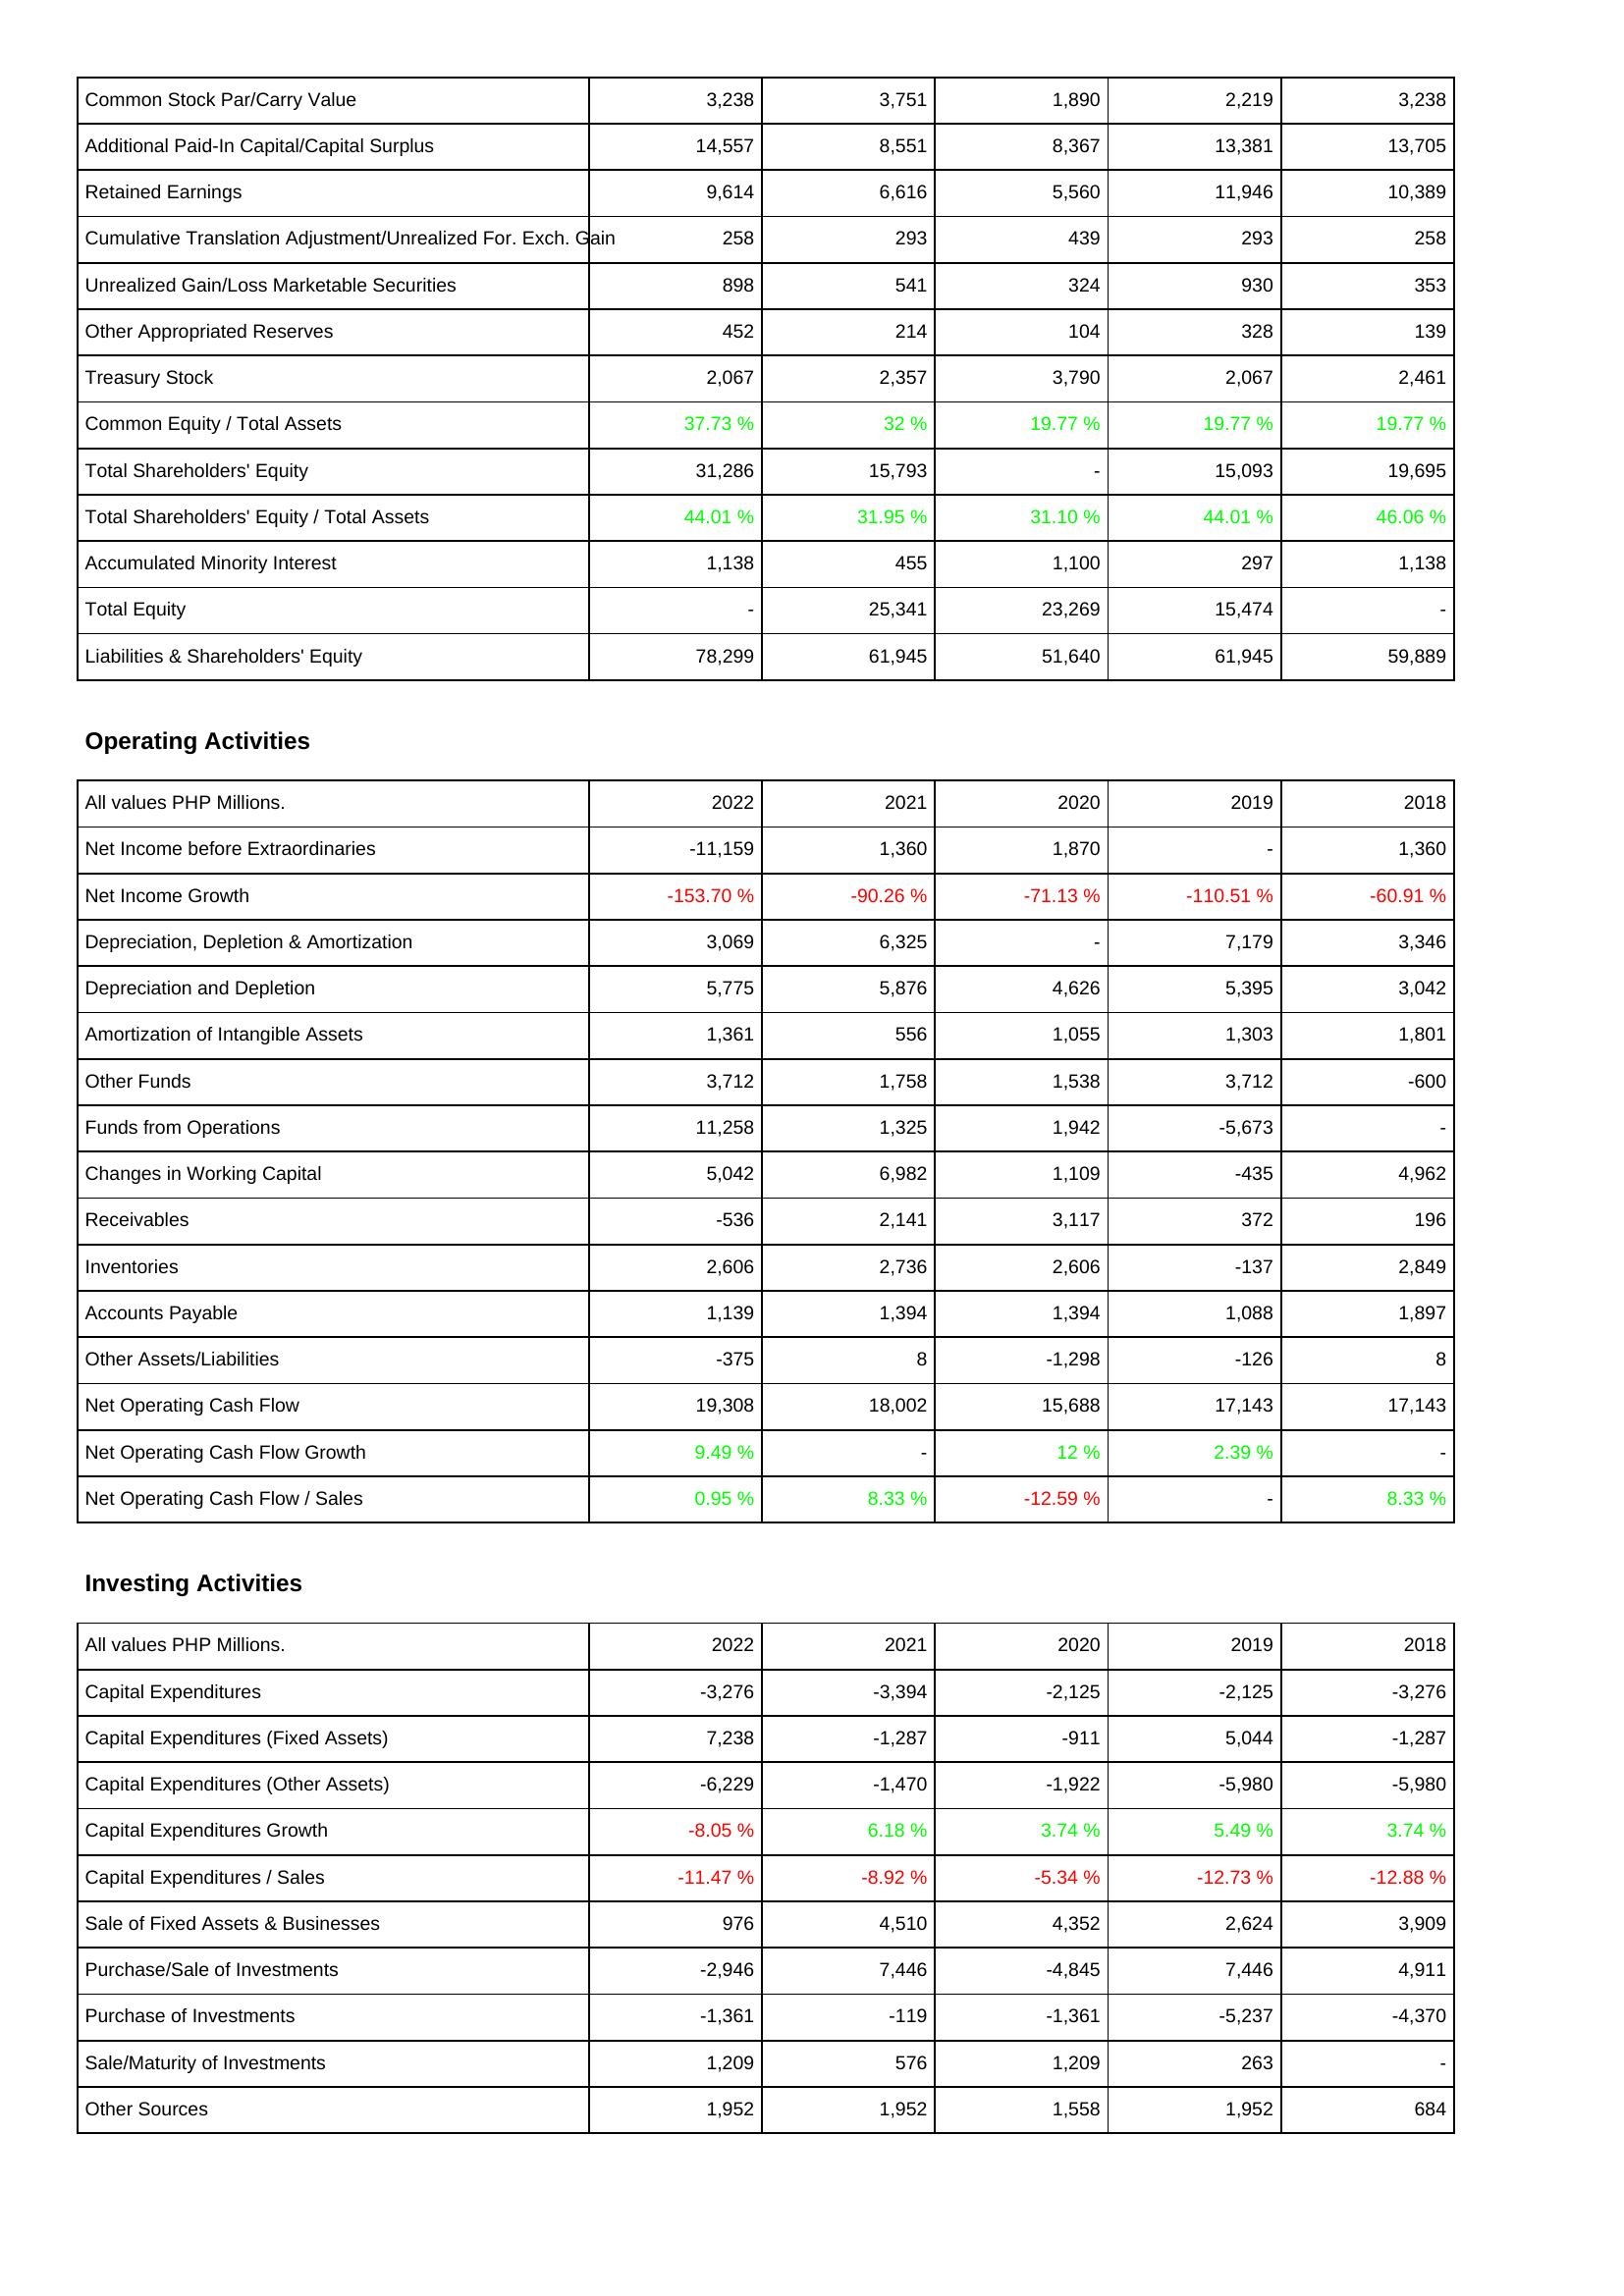
2022: Liabilities & Shareholders' Equity: Common Stock Par/Carry Value: 3,238
Additional Paid-In Capital/Capital Surplus: 14,557
Retained Earnings: 9,614
Cumulative Translation Adjustment/Unrealized For. Exch. Gain: 258
Unrealized Gain/Loss Marketable Securities: 898
Other Appropriated Reserves: 452
Treasury Stock: 2,067
Common Equity / Total Assets: 37.73 %
Total Shareholders' Equity: 31,286
Total Shareholders' Equity / Total Assets: 44.01 %
Accumulated Minority Interest: 1,138
Total Equity: -
Liabilities & Shareholders' Equity: 78,299
Operating Activities: Net Income before Extraordinaries: -11,159
Net Income Growth: -153.70 %
Depreciation, Depletion & Amortization: 3,069
Depreciation and Depletion: 5,775
Amortization of Intangible Assets: 1,361
Other Funds: 3,712
Funds from Operations: 11,258
Changes in Working Capital: 5,042
Receivables: -536
Inventories: 2,606
Accounts Payable: 1,139
Other Assets/Liabilities: -375
Net Operating Cash Flow: 19,308
Net Operating Cash Flow Growth: 9.49 %
Net Operating Cash Flow / Sales: 0.95 %
Investing Activities: Capital Expenditures: -3,276
Capital Expenditures (Fixed Assets): 7,238
Capital Expenditures (Other Assets): -6,229
Capital Expenditures Growth: -8.05 %
Capital Expenditures / Sales: -11.47 %
Sale of Fixed Assets & Businesses: 976
Purchase/Sale of Investments: -2,946
Purchase of Investments: -1,361
Sale/Maturity of Investments: 1,209
Other Sources: 1,952
2021: Liabilities & Shareholders' Equity: Common Stock Par/Carry Value: 3,751
Additional Paid-In Capital/Capital Surplus: 8,551
Retained Earnings: 6,616
Cumulative Translation Adjustment/Unrealized For. Exch. Gain: 293
Unrealized Gain/Loss Marketable Securities: 541
Other Appropriated Reserves: 214
Treasury Stock: 2,357
Common Equity / Total Assets: 32 %
Total Shareholders' Equity: 15,793
Total Shareholders' Equity / Total Assets: 31.95 %
Accumulated Minority Interest: 455
Total Equity: 25,341
Liabilities & Shareholders' Equity: 61,945
Operating Activities: Net Income before Extraordinaries: 1,360
Net Income Growth: -90.26 %
Depreciation, Depletion & Amortization: 6,325
Depreciation and Depletion: 5,876
Amortization of Intangible Assets: 556
Other Funds: 1,758
Funds from Operations: 1,325
Changes in Working Capital: 6,982
Receivables: 2,141
Inventories: 2,736
Accounts Payable: 1,394
Other Assets/Liabilities: 8
Net Operating Cash Flow: 18,002
Net Operating Cash Flow Growth: -
Net Operating Cash Flow / Sales: 8.33 %
Investing Activities: Capital Expenditures: -3,394
Capital Expenditures (Fixed Assets): -1,287
Capital Expenditures (Other Assets): -1,470
Capital Expenditures Growth: 6.18 %
Capital Expenditures / Sales: -8.92 %
Sale of Fixed Assets & Businesses: 4,510
Purchase/Sale of Investments: 7,446
Purchase of Investments: -119
Sale/Maturity of Investments: 576
Other Sources: 1,952
2020: Liabilities & Shareholders' Equity: Common Stock Par/Carry Value: 1,890
Additional Paid-In Capital/Capital Surplus: 8,367
Retained Earnings: 5,560
Cumulative Translation Adjustment/Unrealized For. Exch. Gain: 439
Unrealized Gain/Loss Marketable Securities: 324
Other Appropriated Reserves: 104
Treasury Stock: 3,790
Common Equity / Total Assets: 19.77 %
Total Shareholders' Equity: -
Total Shareholders' Equity / Total Assets: 31.10 %
Accumulated Minority Interest: 1,100
Total Equity: 23,269
Liabilities & Shareholders' Equity: 51,640
Operating Activities: Net Income before Extraordinaries: 1,870
Net Income Growth: -71.13 %
Depreciation, Depletion & Amortization: -
Depreciation and Depletion: 4,626
Amortization of Intangible Assets: 1,055
Other Funds: 1,538
Funds from Operations: 1,942
Changes in Working Capital: 1,109
Receivables: 3,117
Inventories: 2,606
Accounts Payable: 1,394
Other Assets/Liabilities: -1,298
Net Operating Cash Flow: 15,688
Net Operating Cash Flow Growth: 12 %
Net Operating Cash Flow / Sales: -12.59 %
Investing Activities: Capital Expenditures: -2,125
Capital Expenditures (Fixed Assets): -911
Capital Expenditures (Other Assets): -1,922
Capital Expenditures Growth: 3.74 %
Capital Expenditures / Sales: -5.34 %
Sale of Fixed Assets & Businesses: 4,352
Purchase/Sale of Investments: -4,845
Purchase of Investments: -1,361
Sale/Maturity of Investments: 1,209
Other Sources: 1,558
2019: Liabilities & Shareholders' Equity: Common Stock Par/Carry Value: 2,219
Additional Paid-In Capital/Capital Surplus: 13,381
Retained Earnings: 11,946
Cumulative Translation Adjustment/Unrealized For. Exch. Gain: 293
Unrealized Gain/Loss Marketable Securities: 930
Other Appropriated Reserves: 328
Treasury Stock: 2,067
Common Equity / Total Assets: 19.77 %
Total Shareholders' Equity: 15,093
Total Shareholders' Equity / Total Assets: 44.01 %
Accumulated Minority Interest: 297
Total Equity: 15,474
Liabilities & Shareholders' Equity: 61,945
Operating Activities: Net Income before Extraordinaries: -
Net Income Growth: -110.51 %
Depreciation, Depletion & Amortization: 7,179
Depreciation and Depletion: 5,395
Amortization of Intangible Assets: 1,303
Other Funds: 3,712
Funds from Operations: -5,673
Changes in Working Capital: -435
Receivables: 372
Inventories: -137
Accounts Payable: 1,088
Other Assets/Liabilities: -126
Net Operating Cash Flow: 17,143
Net Operating Cash Flow Growth: 2.39 %
Net Operating Cash Flow / Sales: -
Investing Activities: Capital Expenditures: -2,125
Capital Expenditures (Fixed Assets): 5,044
Capital Expenditures (Other Assets): -5,980
Capital Expenditures Growth: 5.49 %
Capital Expenditures / Sales: -12.73 %
Sale of Fixed Assets & Businesses: 2,624
Purchase/Sale of Investments: 7,446
Purchase of Investments: -5,237
Sale/Maturity of Investments: 263
Other Sources: 1,952
2018: Liabilities & Shareholders' Equity: Common Stock Par/Carry Value: 3,238
Additional Paid-In Capital/Capital Surplus: 13,705
Retained Earnings: 10,389
Cumulative Translation Adjustment/Unrealized For. Exch. Gain: 258
Unrealized Gain/Loss Marketable Securities: 353
Other Appropriated Reserves: 139
Treasury Stock: 2,461
Common Equity / Total Assets: 19.77 %
Total Shareholders' Equity: 19,695
Total Shareholders' Equity / Total Assets: 46.06 %
Accumulated Minority Interest: 1,138
Total Equity: -
Liabilities & Shareholders' Equity: 59,889
Operating Activities: Net Income before Extraordinaries: 1,360
Net Income Growth: -60.91 %
Depreciation, Depletion & Amortization: 3,346
Depreciation and Depletion: 3,042
Amortization of Intangible Assets: 1,801
Other Funds: -600
Funds from Operations: -
Changes in Working Capital: 4,962
Receivables: 196
Inventories: 2,849
Accounts Payable: 1,897
Other Assets/Liabilities: 8
Net Operating Cash Flow: 17,143
Net Operating Cash Flow Growth: -
Net Operating Cash Flow / Sales: 8.33 %
Investing Activities: Capital Expenditures: -3,276
Capital Expenditures (Fixed Assets): -1,287
Capital Expenditures (Other Assets): -5,980
Capital Expenditures Growth: 3.74 %
Capital Expenditures / Sales: -12.88 %
Sale of Fixed Assets & Businesses: 3,909
Purchase/Sale of Investments: 4,911
Purchase of Investments: -4,370
Sale/Maturity of Investments: -
Other Sources: 684